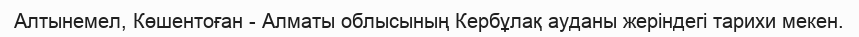
Алтынемел, Көшентоған - Алматы облысының Кербұлақ ауданы жеріндегі тарихи мекен.